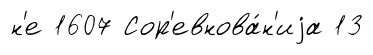
н'е 1607 Сор'евнова́н'иjа 13